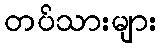
တပ်သားများ